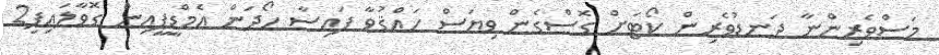
މަސްވެރިންނާ ދަނޑުވެރިން ކޯޓަށް ގޮސްގެން ވިޔަސް ހައްޤުވާ ފައިސާ ހޯދަން އެމްޑީޕީއިން ގޮވާލައިފި2